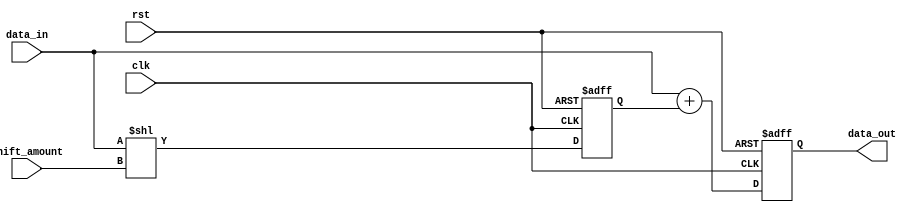
module shift_add_register (
    input clk,
    input rst,
    input [7:0] data_in,
    input [2:0] shift_amount,
    output reg [7:0] data_out
);

reg [7:0] shifted_data;

always @(posedge clk or posedge rst) begin
    if (rst) begin
        data_out <= 8'h00;
        shifted_data <= 8'h00;
    end else begin
        shifted_data <= data_in << shift_amount;
        data_out <= data_in + shifted_data;
    end
end

endmodule